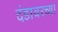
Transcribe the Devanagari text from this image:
दंडावरच्या